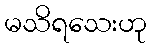
မသိရသေးဟု